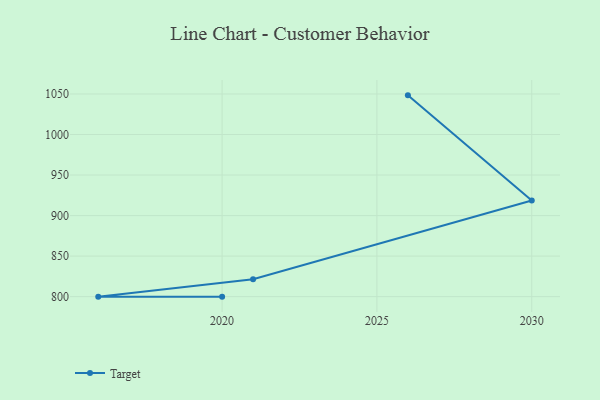
{"axis": {"x": "Year", "y": "Market Share (%)"}, "legend": ["Target"], "data": [{"x": "2026", "y": 1048.3, "type": "Target"}, {"x": "2030", "y": 918.7, "type": "Target"}, {"x": "2021", "y": 821.5, "type": "Target"}, {"x": "2016", "y": 800, "type": "Target"}, {"x": "2020", "y": 800, "type": "Target"}]}